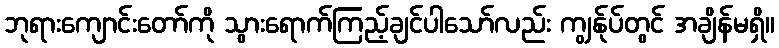
ဘုရားကျောင်းတော်ကို သွားရောက်ကြည့်ချင်ပါသော်လည်း ကျွန်ုပ်တွင် အချိန်မရှိ။